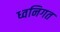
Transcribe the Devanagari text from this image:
ध्वनिगत